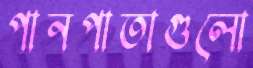
পানপাতাগুলো